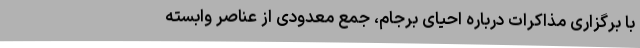
با برگزاری مذاکرات درباره احیای برجام، جمع معدودی از عناصر وابسته